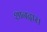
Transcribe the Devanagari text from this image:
शानदार।